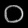
Digit: ၀